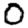
Digit: 0